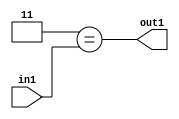
`timescale 1ps / 1ps
/*****************************************************************************
    Verilog RTL Description
    
    
    Created by: Stratus DpOpt 2019.1.01 
*******************************************************************************/

module in_buff_Eqi3u3_4 (
	in1,
	out1
	); /* architecture "behavioural" */ 
input [2:0] in1;
output  out1;
wire  asc001;

assign asc001 = (8'B00000011==in1);

assign out1 = asc001;
endmodule

/* CADENCE  urjwTww= : u9/ySgnWtBlWxVPRXgAZ4Og= ** DO NOT EDIT THIS LINE ******/